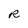
Character: R